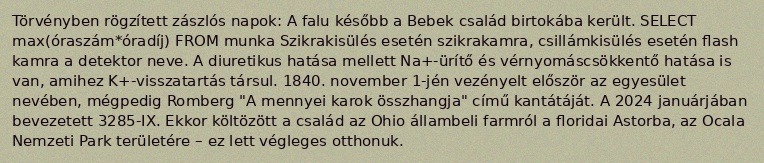
Törvényben rögzített zászlós napok: A falu később a Bebek család birtokába került. SELECT max(óraszám*óradíj) FROM munka Szikrakisülés esetén szikrakamra, csillámkisülés esetén flash kamra a detektor neve. A diuretikus hatása mellett Na+-ürítő és vérnyomáscsökkentő hatása is van, amihez K+-visszatartás társul. 1840. november 1-jén vezényelt először az egyesület nevében, mégpedig Romberg "A mennyei karok összhangja" című kantátáját. A 2024 januárjában bevezetett 3285-IX. Ekkor költözött a család az Ohio állambeli farmról a floridai Astorba, az Ocala Nemzeti Park területére – ez lett végleges otthonuk.